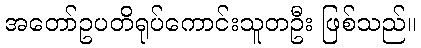
အတော်ဥပတိရုပ်ကောင်းသူတဦး ဖြစ်သည်။